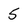
Character: 5